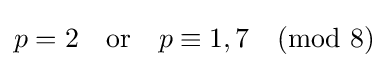
p=2\quad {\mbox{or}}\quad p\equiv 1,7{\pmod {8}}